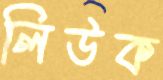
লিউক